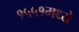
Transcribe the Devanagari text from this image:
१५५१मध्ये